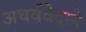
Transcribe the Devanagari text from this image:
अथर्ववेदाने